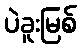
ပဲခူးမြစ်